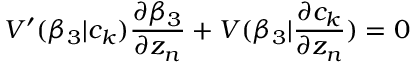
V ^ { \prime } ( \beta _ { 3 } | c _ { k } ) \frac { \partial \beta _ { 3 } } { \partial z _ { n } } + V ( \beta _ { 3 } | \frac { \partial c _ { k } } { \partial z _ { n } } ) = 0